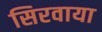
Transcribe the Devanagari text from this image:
सिरवाया